Annual administration report of the Civil Veterinary Department of India - 1903-1904
Year: 1903
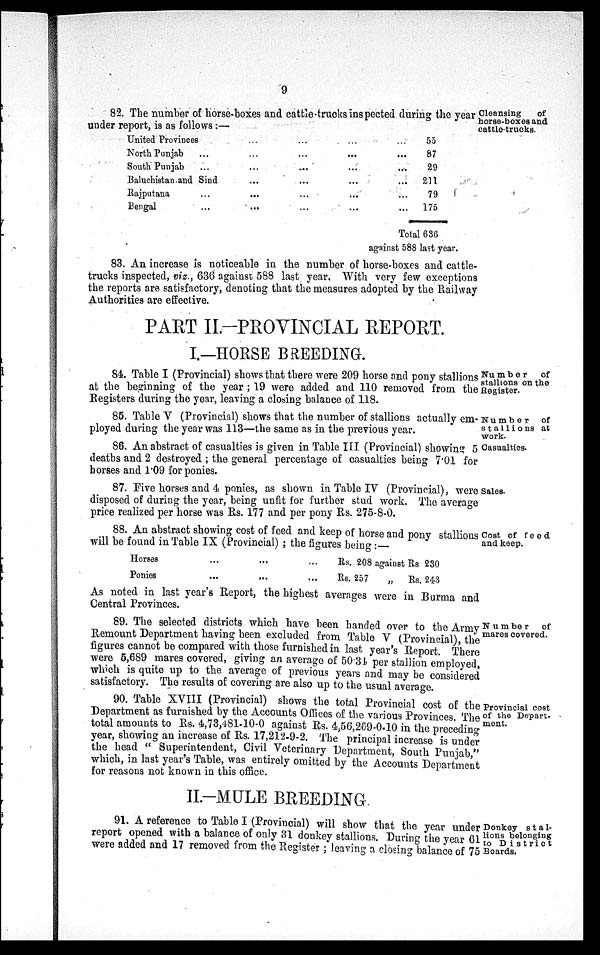
9
Cleansing
of
horse-boxes and
cattle-trucks.
82. The number of horse-boxes and cattle-trucks inspected during the year
under report, is as follows:—
United Provinces ... ... ... ... ...
North Punjab ... ... ... ... ... ...
South Punjab ... ... ... ... ... ...
Baluchistan and Sind ... ... ... ... ...
Rajputana ... ... ... ... ... ...
Bengal ... ... ... ... ... ...
Total
55
87
29
211
79
175
636
against 588 last year.
83. An increase is noticeable in the number of horse-boxes and cattle-
trucks inspected, viz., 636 against 588 last year, With very few exceptions
the reports are satisfactory, denoting that the measures adopted by the Railway
Authorities are effective.
PART II.-PROVINCIAL REPORT.
I.—HORSE BREEDING.
Number
of
stallions on the
Register.
84. Table I (Provincial) shows that there were 209 horse and pony stallions
at the beginning of the year; 19 were added and 110 removed from the
Registers during the year, leaving a closing balance of 118.
Number
of
stallions at
work.
85. Table V (Provincial) shows that the number of stallions actually em-
ployed during the year was 113—the same as in the previous year.
work.
Casualties.
86. An abstract of casualties is given in Table III (Provincial) showing 5
deaths and 2 destroyed; the general percentage of casualties being 7.01 for
horses and 1.09 for ponies.
Sales.
87. Five horses and 4 ponies, as shown in Table IV (Provincial), were
disposed of during the year, being unfit for further stud work. The average
price realized per horse was Rs. 177 and per pony Rs. 275-8-0.
Cost of feed
and keep.
88. An abstract showing cost of feed and keep of horse and pony stallions
will be found in Table IX (Provincial); the figures being:—
Horses ... ...
Ponies ... ...
Rs. 208 against
Rs. 257
„
Rs 230
Rs. 243
As noted in last year's Report, the highest averages were in Burma and
Central Provinces.
Number
of
mares covered.
89. The selected districts which have been handed over to the Army
Remount Department having been excluded from Table V (Provincial) the
figures cannot be compared with those furnished in last year's Report. There
were 5,689 mares covered, giving an average of 50.34 per stallion employed,
which is quite up to the average of previous years and may be considered
satisfactory. The results of covering are also up to the usual average.
Provincial cost
of the Depart-
ment.
90. Table XVIII (provincial) shows the total Provincial cost of the
Department as furnished by the Accounts Offices of the various Provinces The
total amounts to Rs. 4,73,481.10-0 against Rs. 4,56,269-0.10 in the preceding
year, showing an increase of Rs 17,212-9-2. The principal increase is under
the head "Superintendent, Civil Veterinary Department, South Punjab,"
which, in last year's Table was entirely omitted by the Accounts Department
for reasons not known in this office.
II.-MULE BREEDING
Donkey sta1-
lions belonging
to District
Boards.
91. A reference to Table I (Provincial) will show that the year under
report opened with a balance of only 31 donkey stallions. During the year 61
were added and 17 removed from the Register; leaving a closing balance of 75